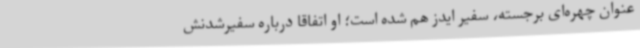
‌عنوان چهره‌ای برجسته، سفیر ایدز هم شده است؛ او اتفاقا درباره سفیرشدنش